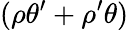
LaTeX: (\rho\theta^{\prime}+\rho^{\prime}\theta)